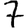
Digit: 7